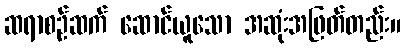
ဆရာစဉ်ဆက် ဆောင်ယူသော အဆုံးအဖြတ်တည်း။